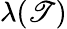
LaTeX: \lambda(\mathscr{T})